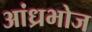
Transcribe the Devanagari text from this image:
आंध्रभोज